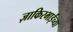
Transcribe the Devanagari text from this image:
ज़ाकिरभाईंच्या